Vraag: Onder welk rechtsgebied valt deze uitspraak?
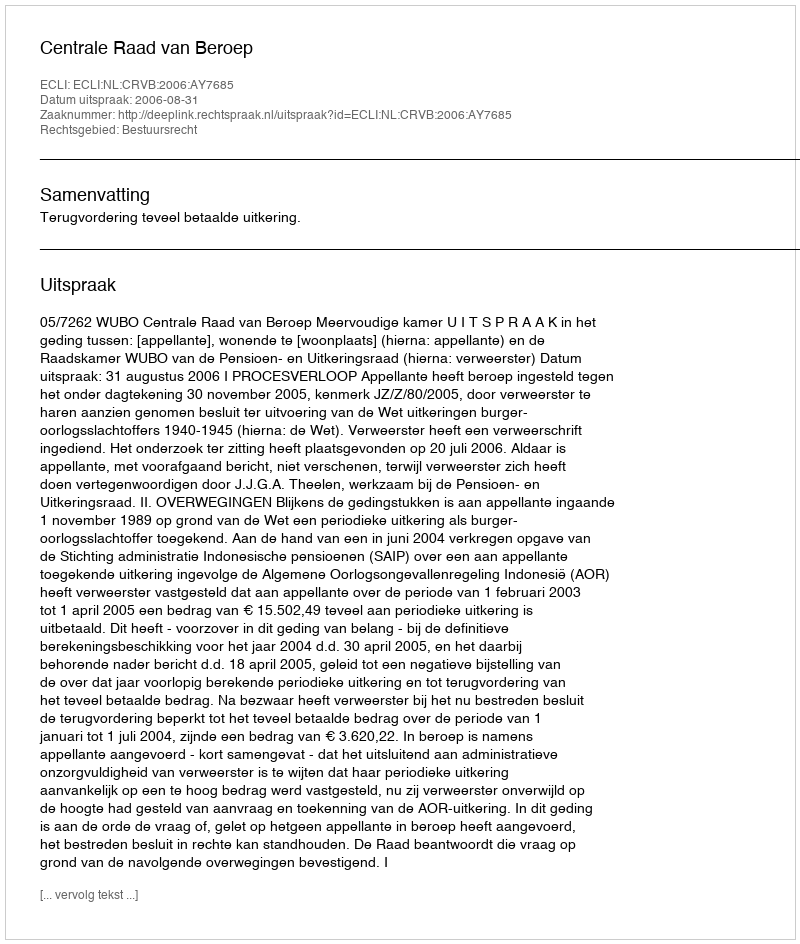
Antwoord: Bestuursrecht